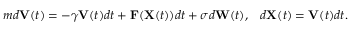
\begin{array} { r } { m d \mathbf { V } ( t ) = - \gamma \mathbf { V } ( t ) d t + \mathbf { F } ( \mathbf { X } ( t ) ) d t + \sigma d \mathbf { W } ( t ) , \; \; \; d \mathbf { X } ( t ) = \mathbf { V } ( t ) d t . } \end{array}